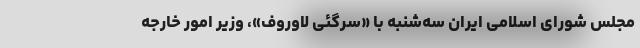
مجلس شورای اسلامی ایران سه‌شنبه با «سرگئی لاوروف»، وزیر امور خارجه